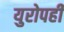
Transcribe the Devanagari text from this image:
युरोपही